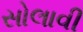
સોલાવી